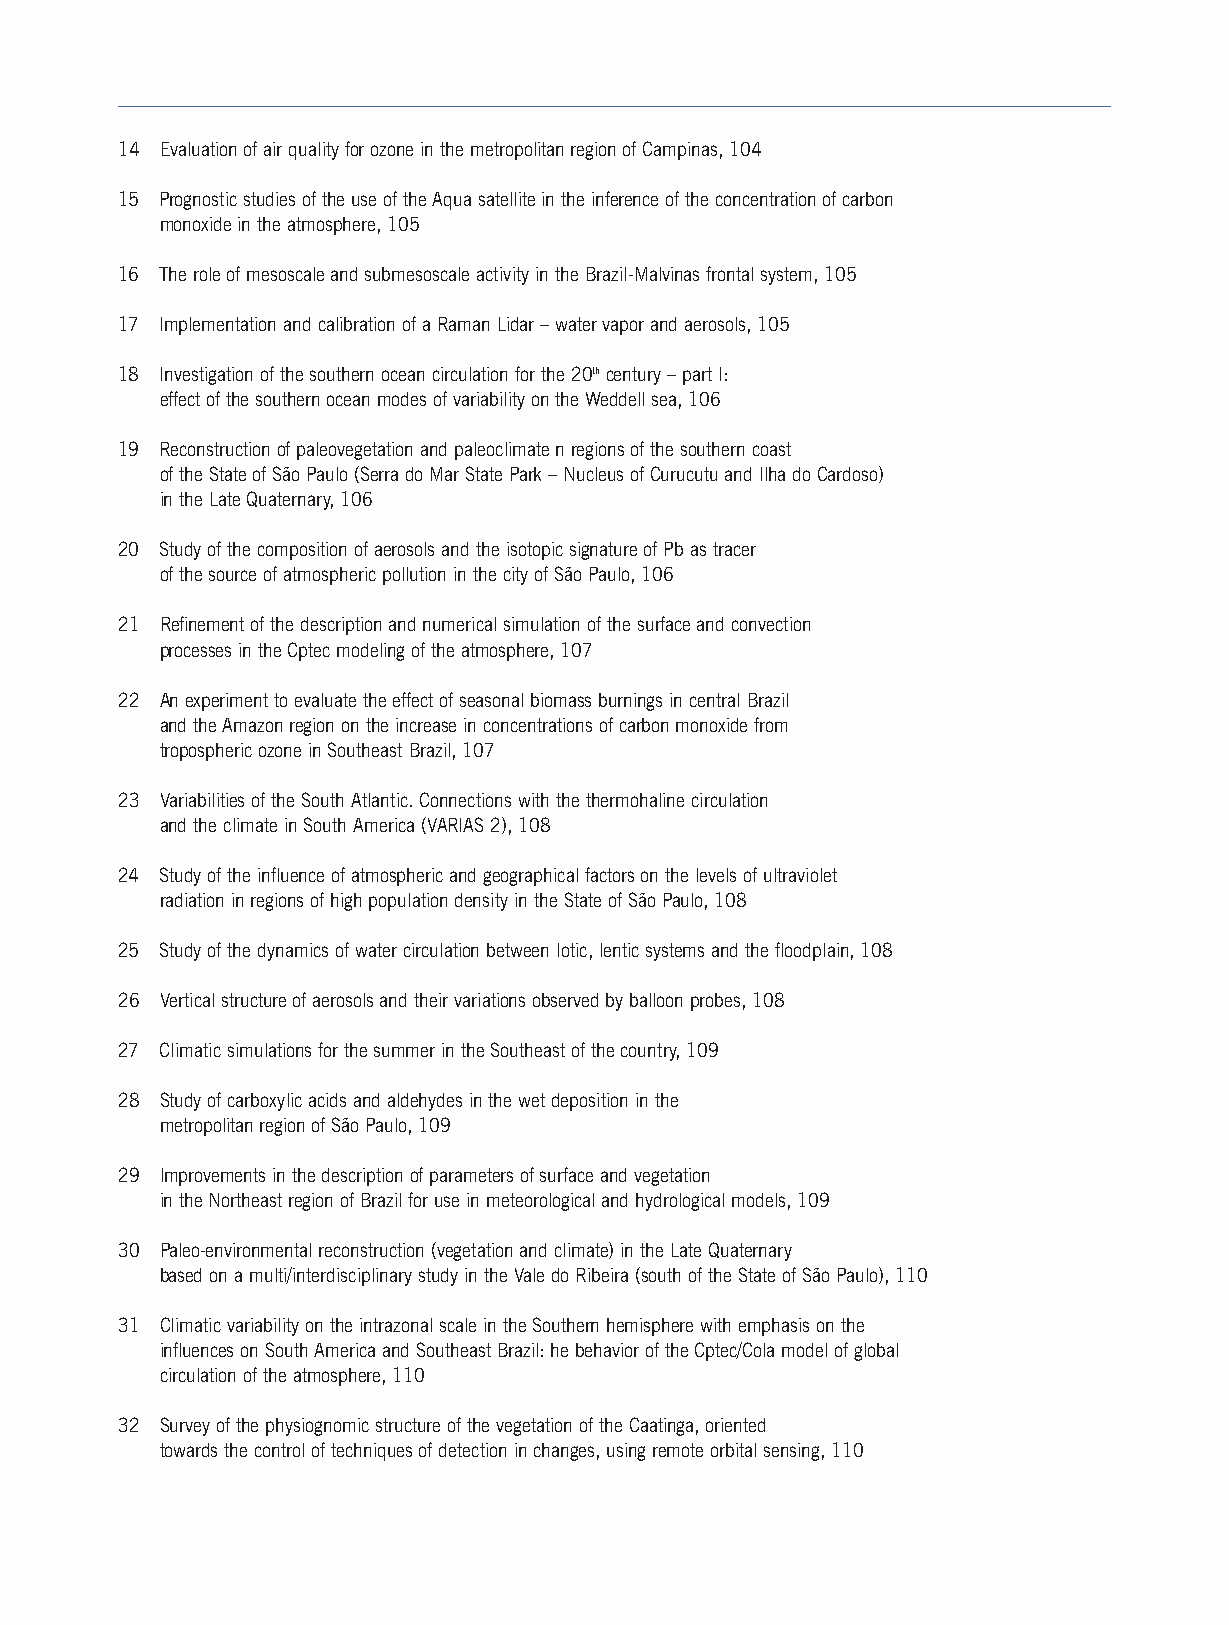
14 Evaluation of air quality for ozone in the metropolitan region of Campinas, 104
 15 Prognostic studies of the use of the Aqua satellite in the inference of the concentration of carbon
 monoxide in the atmosphere, 105
 16 The role of mesoscale and submesoscale activity in the Brazil-Malvinas frontal system, 105
 17 Implementation and calibration of a Raman Lidar – water vapor and aerosols, 105
 18 Investigation of the southern ocean circulation for the 20thcentury – part I:
 effect of the southern ocean modes of variability on the Weddell sea, 106
 19 Reconstruction of paleovegetation and paleoclimate n regions of the southern coast
 of the State of São Paulo (Serra do Mar State Park – Nucleus of Curucutu and Ilha do Cardoso)
 in the Late Quaternary, 106
 20 Study of the composition of aerosols and the isotopic signature of Pb as tracer
 of the source of atmospheric pollution in the city of São Paulo, 106
 21 Refinement of the description and numerical simulation of the surface and convection
 processes in the Cptec modeling of the atmosphere, 107
 22 An experiment to evaluate the effect of seasonal biomass burnings in central Brazil
 and the Amazon region on the increase in concentrations of carbon monoxide from
 tropospheric ozone in Southeast Brazil, 107
 23 Variabilities of the South Atlantic. Connections with the thermohaline circulation
 and the climate in South America (VARIAS 2), 108
 24 Study of the influence of atmospheric and geographical factors on the levels of ultraviolet
 radiation in regions of high population density in the State of São Paulo,108
 25 Study of the dynamics of water circulation between lotic, lentic systems and the floodplain, 108
 26 Vertical structure of aerosols and their variations observed by balloon probes, 108
 27 Climatic simulations for the summer in the Southeast of the country, 109
 28 Study of carboxylic acids and aldehydes in the wet deposition in the
 metropolitan region of São Paulo, 109
 29 Improvements in the description of parameters of surface and vegetation
 in the Northeast region of Brazil for use in meteorological and hydrological models, 109
 30 Paleo-environmental reconstruction (vegetation and climate) in the Late Quaternary
 based on a multi/interdisciplinary study in the Vale do Ribeira (south of the State of São Paulo), 110
 31 Climatic variability on the intrazonal scale in the Southern hemisphere with emphasis on the
 influences on South America and Southeast Brazil: he behavior of the Cptec/Cola model of global
 circulation of the atmosphere, 110
 32 Survey of the physiognomic structure of the vegetation of the Caatinga, oriented
 towards the control of techniques of detection in changes, using remote orbital sensing, 110